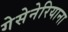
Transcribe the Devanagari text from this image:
गेसेनेरियाना